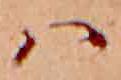
ハ